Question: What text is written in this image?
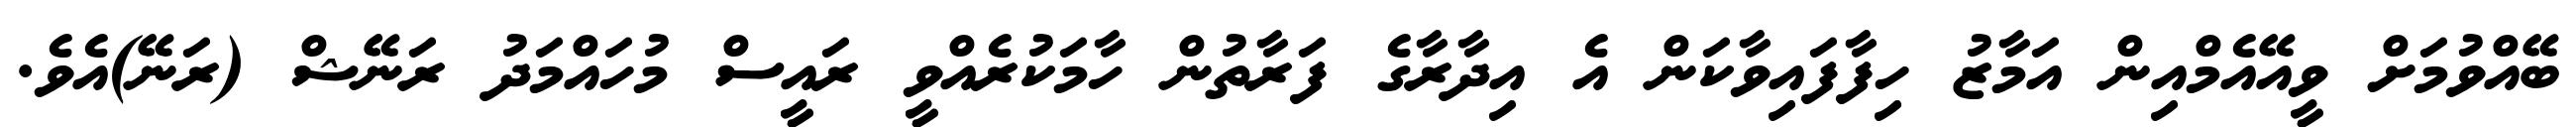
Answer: ބޭއްވުމަށް ވީއޭއެމްއިން އަމާޒު ހިފާފައިވާކަން އެ އިދާރާގެ ފަރާތުން ހާމަކުރެއްވީ ރައީސް މުހައްމަދު ރަނޭޝް (ރަނޭ)އެވެ.